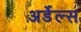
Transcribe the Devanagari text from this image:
अर्डेल्स